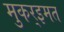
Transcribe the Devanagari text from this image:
मुकर्‍इमत